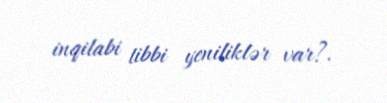
inqilabi tibbi yeniliklər var?.